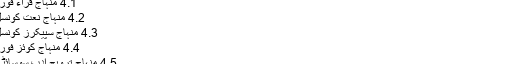
2 اراکین کا چناؤ
4 ذیلی فورمز
4.1 منہاج قراء فورم
4.2 منہاج نعت کونسل
4.3 منہاج سپیکرز کونسل
4.4 منہاج کوئز فورم
4.5 منہاج ترویج ادب سوسائٹی
5 منہاج سپورٹس سوسائٹی
اس بزم کا مقصد طلبہ کو ہر شعبہ ہائے زندگی میں عملی و مثالی خدمات کے لیے تیار کرنا اور معاشرے کا ایک مفید شہری بنانا ہے۔